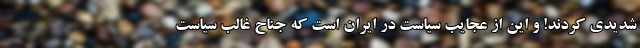
شدیدی کردند! و این از عجایب سیاست در ایران است که جناح غالب سیاست